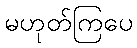
မဟုတ်ကြပေ